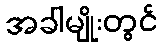
အခါမျိုးတွင်